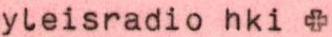
yleisradio hki +